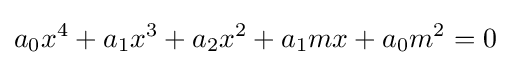
a_{0}x^{4}+a_{1}x^{3}+a_{2}x^{2}+a_{1}mx+a_{0}m^{2}=0